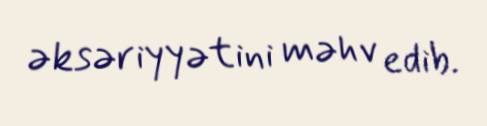
əksəriyyətini məhv edib.